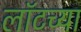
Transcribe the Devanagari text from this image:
लॉटच्या